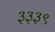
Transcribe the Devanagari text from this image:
३३३९